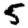
Digit: 5